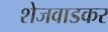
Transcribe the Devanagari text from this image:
शेजवाडकर